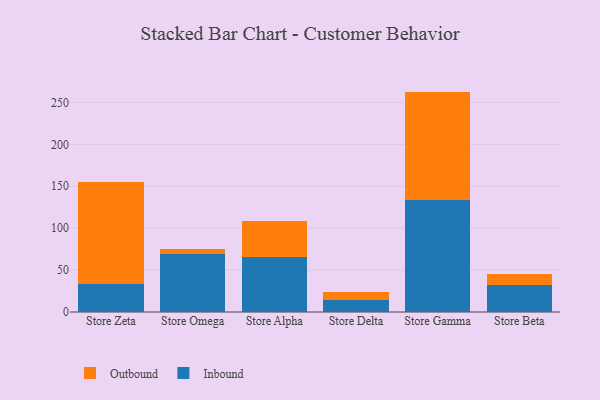
{"axis": {"x": "Store", "y": "Humidity (%)"}, "legend": ["Inbound", "Outbound"], "data": [{"x": "Store Zeta", "y": 33.5, "type": "Inbound"}, {"x": "Store Zeta", "y": 121.3, "type": "Outbound"}, {"x": "Store Omega", "y": 69.5, "type": "Inbound"}, {"x": "Store Omega", "y": 5.7, "type": "Outbound"}, {"x": "Store Alpha", "y": 65.4, "type": "Inbound"}, {"x": "Store Alpha", "y": 43.5, "type": "Outbound"}, {"x": "Store Delta", "y": 14.2, "type": "Inbound"}, {"x": "Store Delta", "y": 10.0, "type": "Outbound"}, {"x": "Store Gamma", "y": 133.2, "type": "Inbound"}, {"x": "Store Gamma", "y": 129.7, "type": "Outbound"}, {"x": "Store Beta", "y": 31.7, "type": "Inbound"}, {"x": "Store Beta", "y": 13.3, "type": "Outbound"}]}